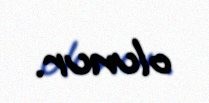
olunur.